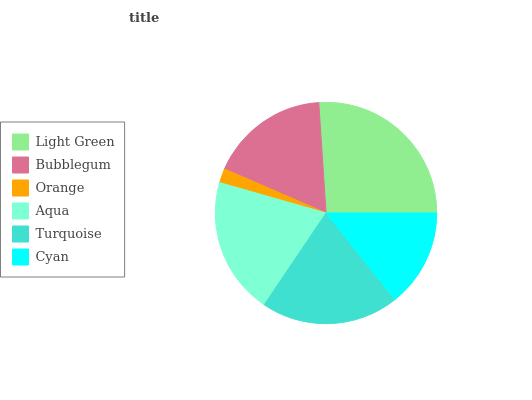
| Light Green | Bubblegum | Orange | Aqua | Turquoise | Cyan |
 | --- | --- | --- | --- | --- | --- |
 | 26.1% | 17.5% | 2.08% | 20% | 20% | 14.3% |